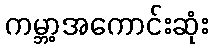
ကမ္ဘာ့အကောင်းဆုံး